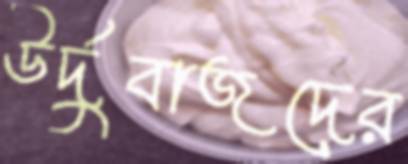
উর্দুবাজদের